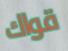
قواك